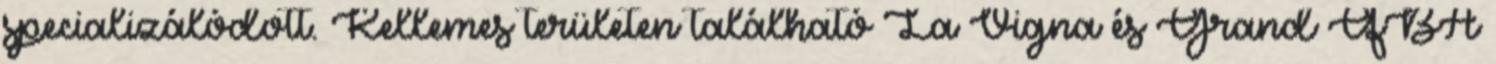
specializálódott. Kellemes területen található La Vigna és Grand QBA